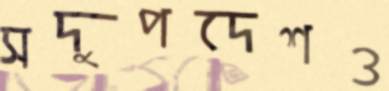
সদুপদেশও